Vaccine operations Central Provinces 1886-1899 - 1886-1899
Year: 1886
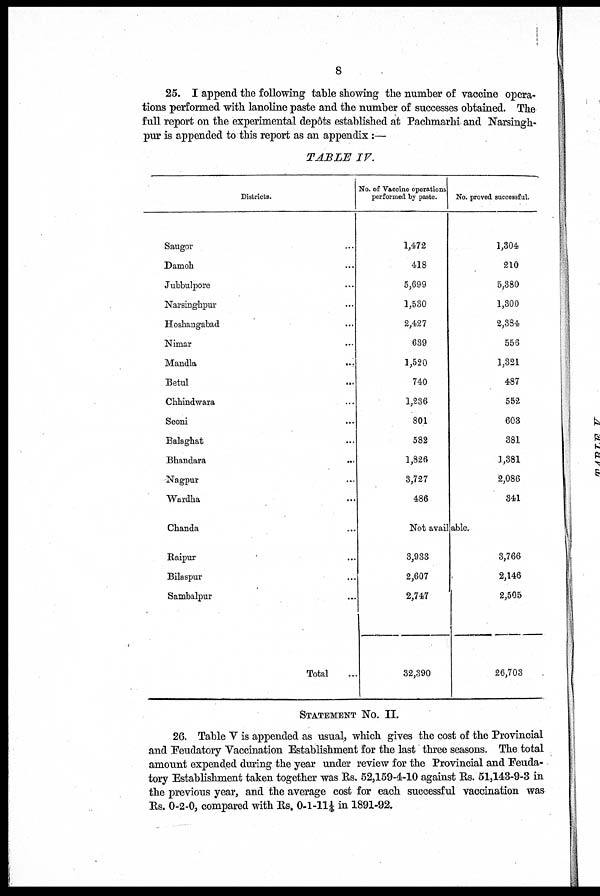
8
25. I append the following table showing the number of vaccine opera-
tions performed with lanoline paste and the number of successes obtained. The
full report on the experimental depôts established at Pachmarhi and Narsingh-
pur is appended to this report as an appendix:—
TABLE
IV.
Districts.
Saugor ...
Damoh ...
Jubbulpore ...
Narsinghpur ...
Hoshangabad ...
Nimar ...
Mandla ...
Betul ...
Chhindwara ...
Seoni ...
Balaghat ...
Bhandara ...
Nagpur ...
Wardha ...
Chanda ...
Raipur ...
Bilaspur ...
Sambalpur ...
Total ...
No. of Vaccine operations
performed by paste.
1,472
418
5,699
1,530
2,427
639
1,520
740
1,236
801
582
1,826
3,727
486
No. proved successful.
1,304
210
5,380
1,300
2,384
556
1,321
487
552
603
381
1,381
2,086
341
Not avail able.
3,933
2,607
2,747
32,390
3,766
2,146
2,505
26,703
STATEMENT No. II.
26. Table V is appended as usual, which gives the cost of the Provincial
and Feudatory Vaccination Establishment for the last three seasons. The total
amount expended during the year under review for the Provincial and Feuda-
tory Establishment taken together was Rs. 52,159-4-10 against Rs. 51,143-9-3 in
the previous year, and the average cost for each successful vaccination was
Rs. 0-2-0, compared with Rs. 0-1-11¼ in 1891-92.